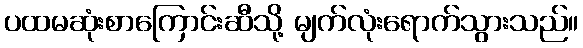
ပထမဆုံးစာကြောင်းဆီသို့ မျက်လုံးရောက်သွားသည်။